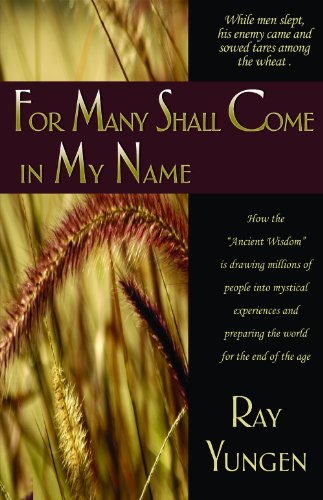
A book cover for For Many Shall Come in My Name; Ray Yungen; Christian Books & Bibles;